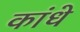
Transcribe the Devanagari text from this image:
कांधे